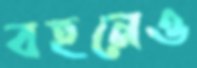
বহনেও